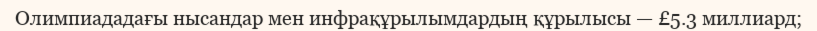
Олимпиададағы нысандар мен инфрақұрылымдардың құрылысы — £5.3 миллиард;